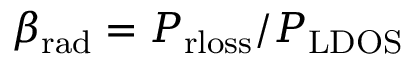
\beta _ { \mathrm { r a d } } = P _ { \mathrm { r l o s s } } / P _ { \mathrm { L D O S } }